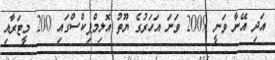
އަދި އޭނާ ވަނީ 2009 ވަނަ އަހަރުގެ ޔޫތު އޮލިމްޕިކްސްގައި 200 މީޓަރާއި